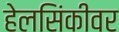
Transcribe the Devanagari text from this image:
हेलसिंकीवर